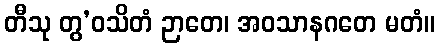
တီသု တွ’ဝသိတံ ဉာတေ၊ အဝသာနဂတေ မတံ။